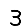
Digit: 3